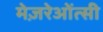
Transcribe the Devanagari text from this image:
मेज़रेओंत्सी